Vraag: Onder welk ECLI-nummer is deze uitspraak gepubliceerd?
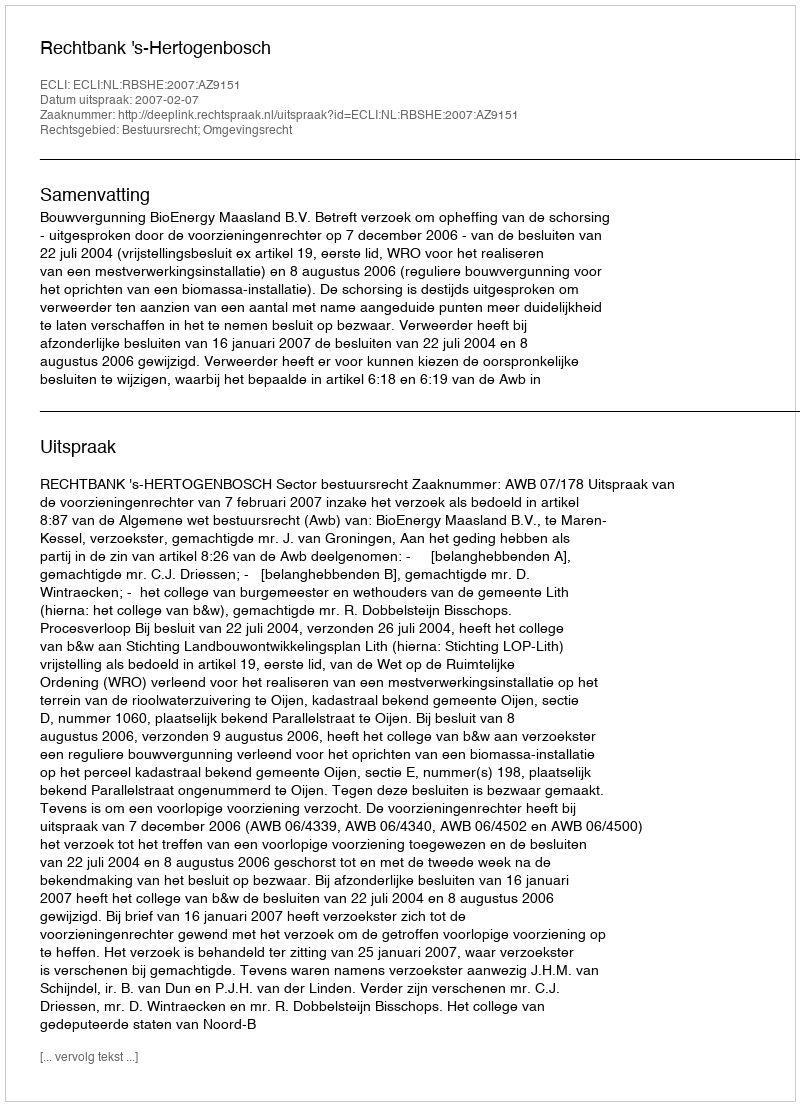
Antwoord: ECLI:NL:RBSHE:2007:AZ9151